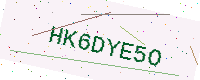
Text: HK6DYE5O